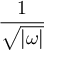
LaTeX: \frac { 1 } { \sqrt { | \omega | } }